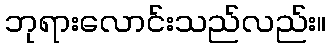
ဘုရားလောင်းသည်လည်း။